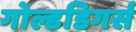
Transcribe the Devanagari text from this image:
गोल्डडिगर्स